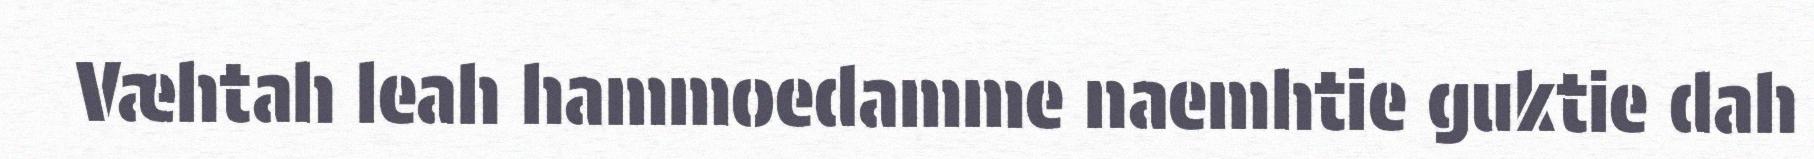
Væhtah leah hammoedamme naemhtie guktie dah